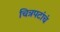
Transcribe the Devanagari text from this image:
चित्रपटांचं